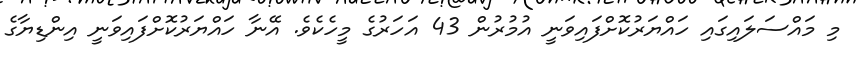
މި މައްސަލައިގައި ހައްޔަރުކޮށްފައިވަނީ އުމުރުން 43 އަހަރުގެ މީހެކެވެ. އޭނާ ހައްޔަރުކޮށްފައިވަނީ އިންޑިޔާގެ